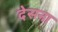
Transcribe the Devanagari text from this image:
देसना